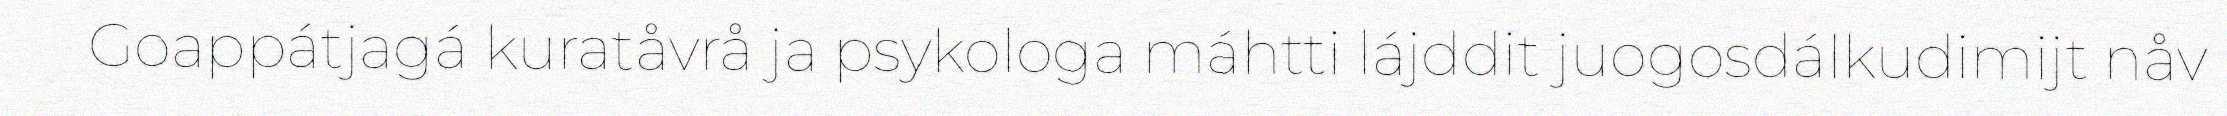
Goappátjagá kuratåvrå ja psykologa máhtti lájddit juogosdálkudimijt nåv